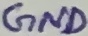
Text: GND